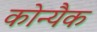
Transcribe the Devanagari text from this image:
कोन्यैक